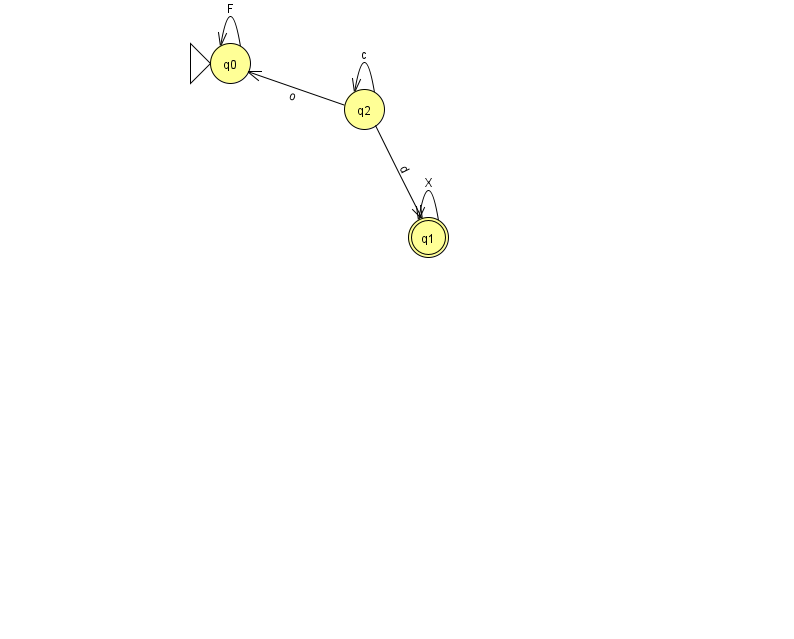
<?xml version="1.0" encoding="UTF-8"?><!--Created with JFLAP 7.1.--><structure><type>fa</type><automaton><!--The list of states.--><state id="0" name="q0"><x>230.0</x><y>50.0</y><initial/></state><state id="1" name="q1"><x>428.0</x><y>224.0</y><final/></state><state id="2" name="q2"><x>364.0</x><y>96.0</y></state><!--The list of transitions.--><transition><from>2</from><to>0</to><read>o</read></transition><transition><from>2</from><to>2</to><read>c</read></transition><transition><from>0</from><to>0</to><read>F</read></transition><transition><from>1</from><to>1</to><read>X</read></transition><transition><from>2</from><to>1</to><read>d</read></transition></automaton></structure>